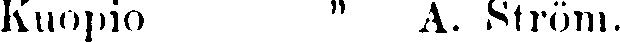
Kuopio " A. Ström.